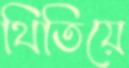
থিতিয়ে